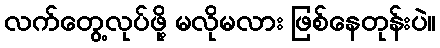
လက်တွေ့လုပ်ဖို့ မလိုမလား ဖြစ်နေတုန်းပဲ။